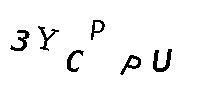
3YCPPU